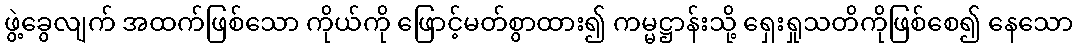
ဖွဲ့ခွေလျက် အထက်ဖြစ်သော ကိုယ်ကို ဖြောင့်မတ်စွာထား၍ ကမ္မဋ္ဌာန်းသို့ ရှေးရှုသတိကိုဖြစ်စေ၍ နေသော